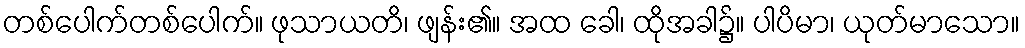
တစ်ပေါက်တစ်ပေါက်။ ဖုသာယတိ၊ ဖျန်း၏။ အထ ခေါ၊ ထိုအခါ၌။ ပါပိမာ၊ ယုတ်မာသော။